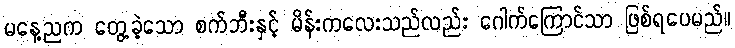
မနေ့ညက တွေ့ခဲ့သော စက်ဘီးနှင့် မိန်းကလေးသည်လည်း ဂေါက်ကြောင်သာ ဖြစ်ရပေမည်။